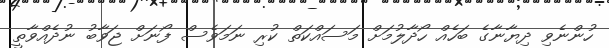
ހުންނެވި ދިޔާނާގެ ބަހެއް ހޯދާލުމަށް މަސައްކަތް ކުރި ނަމަވެސް ފޯނަށް ޖަވާބު ނުދެއްވާތީ